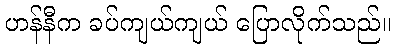
ဟန်နီက ခပ်ကျယ်ကျယ် ပြောလိုက်သည်။